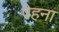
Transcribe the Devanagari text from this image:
पेहना